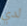
لدي